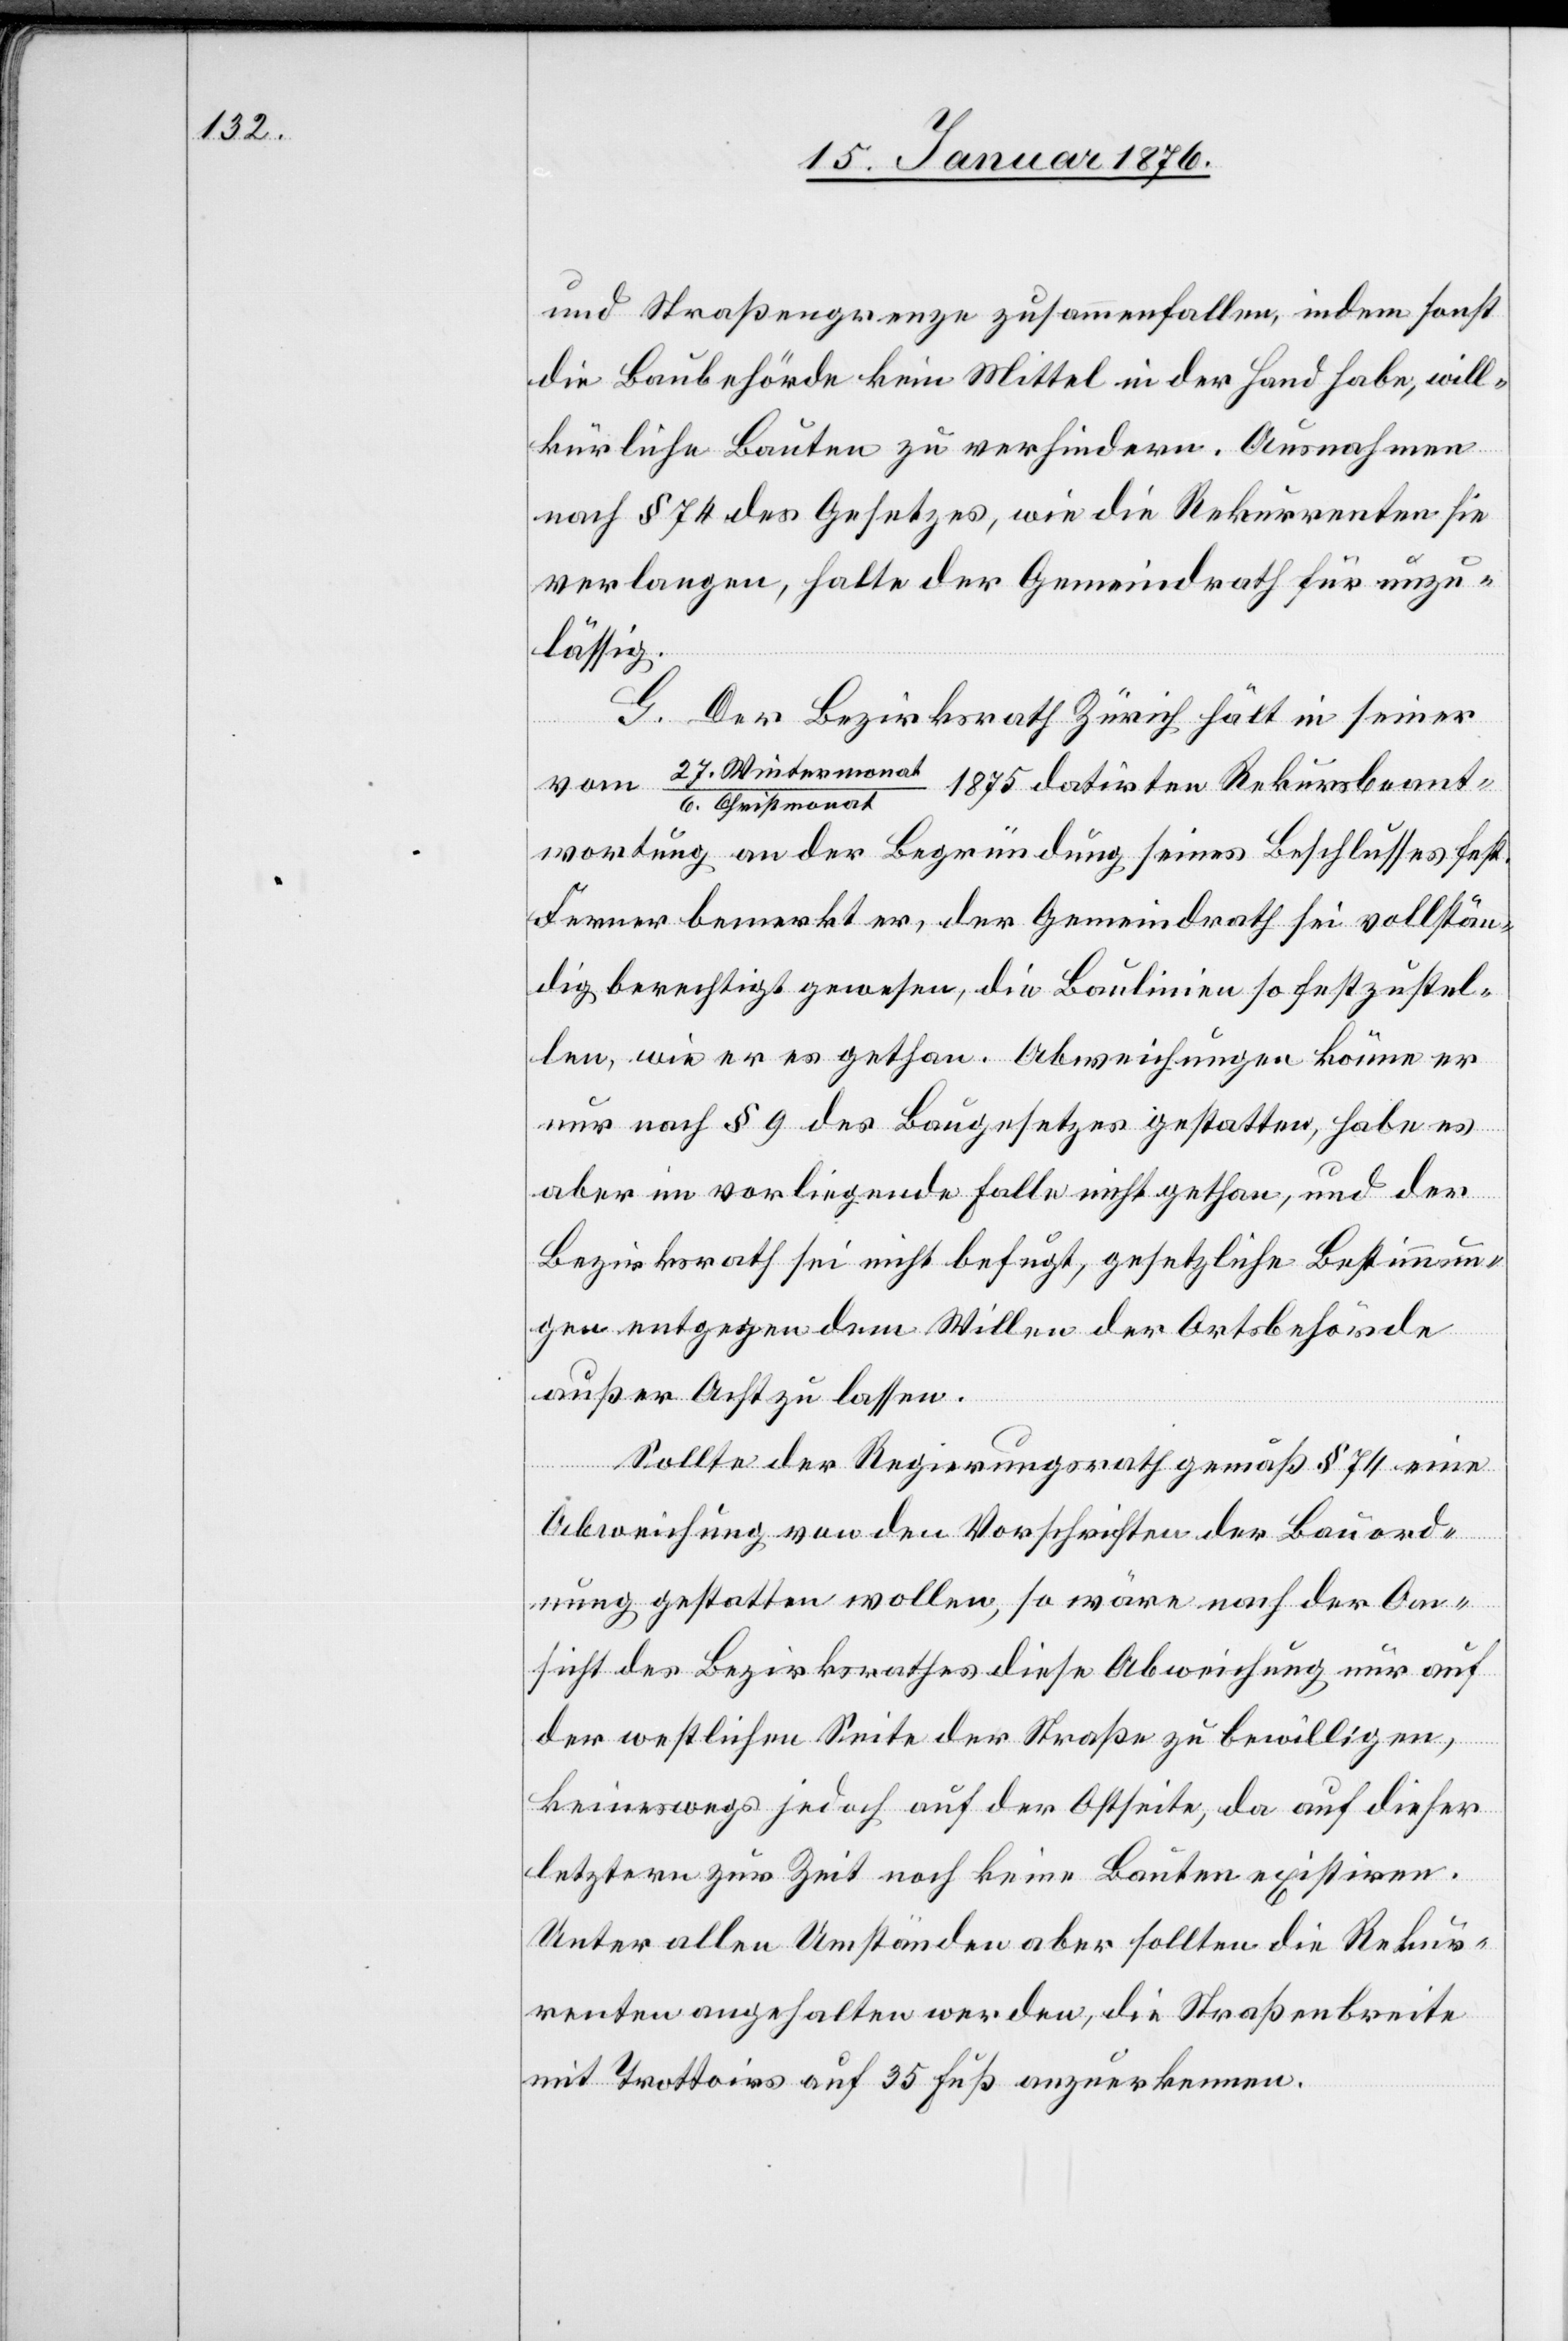
und Straßengrenze zusammenfallen, indem sonst
die Baubehörde kein Mittel in der Hand habe, will¬
kürliche Bauten zu verhindern. Ausnahmen
nach § 74 des Gesetzes, wie die Rekurrenten sie
verlangen, halte der Gemeindrath für unzu¬
lässig.
G. Der Bezirksrath Zürich hält in seiner
vom 27. Wintermona¬
1875 datirten Rekursbeant¬
t/6. Christmonat
wortung an der Begründung seines Beschlusses fest.
Ferner bemerkt er, der Gemeindrath sei vollstän¬
dig berechtigt gewesen, die Baulinien so festzustel¬
len, wie er es gethan. Abweichungen könne er
nur nach § 9 des Baugesetzes gestatten, habe es
aber im vorliegenden Falle nicht gethan, und der
Bezirksrath sei nicht befugt, gesetzliche Bestimmun¬
gen entgegen dem Willen der Ortsbehörde
außer Acht zu lassen.
Sollte der Regierungsrath gemäß § 74 eine
Abweichung von den Vorschriften der Bauord¬
nung gestatten wollen, so wäre nach der An¬
sicht des Bezirksrathes diese Abweichung nur auf
der westlichen Seite der Straße zu bewilligen,
keineswegs jedoch auf der Ostseite, da auf dieser
letztern zur Zeit noch keine Bauten existiren.
Unter allen Umständen aber sollten die Rekur¬
renten angehalten werden, die Straßenbreite
mit Trottoirs auf 35 Fuß anzuerkennen.